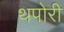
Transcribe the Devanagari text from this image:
थपोरी